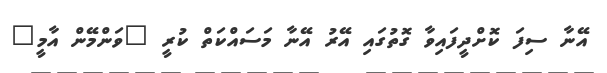
އޭނާ ސިފަ ކޮށްދީފައިވާ ގޮތުގައި އޭރު އޭނާ މަސައްކަތް ކުރީ "ވަންމޭން އާމީ"